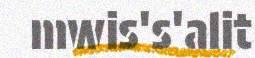
mwis's'alit